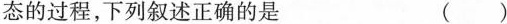
态的过程，下列叙述正确的是 ()